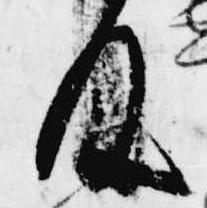
及